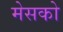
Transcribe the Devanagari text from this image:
मेसको